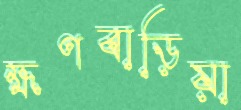
হ্মণবাড়িয়া